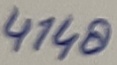
Text: 4148